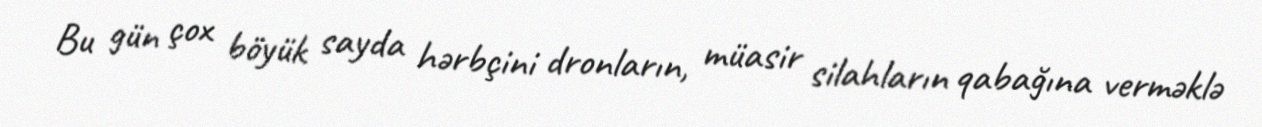
Bu gün çox böyük sayda hərbçini dronların, müasir silahların qabağına verməklə